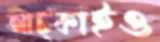
আট্‌কাইও